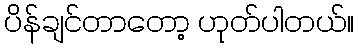
ပိန်ချင်တာတော့ ဟုတ်ပါတယ်။